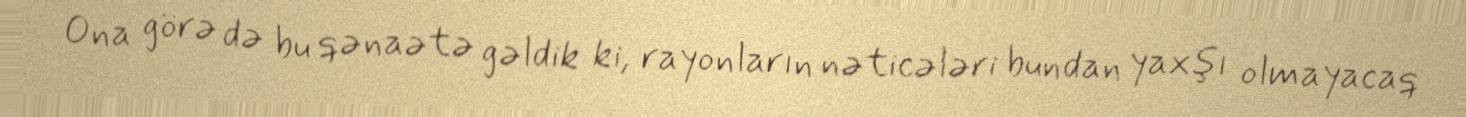
Ona görə də bu qənaətə gəldik ki, rayonların nəticələri bundan yaxşı olmayacaq